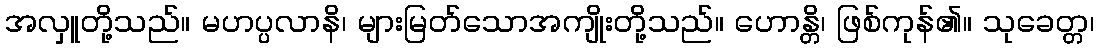
အလှူတို့သည်။ မဟပ္ပလာနိ၊ များမြတ်သောအကျိုးတို့သည်။ ဟောန္တိ၊ ဖြစ်ကုန်၏။ သုခေတ္တ၊